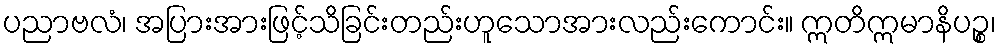
ပညာဗလံ၊ အပြားအားဖြင့်သိခြင်းတည်းဟူသောအားလည်းကောင်း။ ဣတိဣမာနိပဉ္စ၊